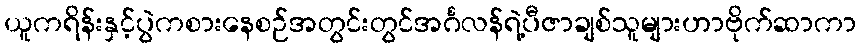
ယူကရိန်းနှင့်ပွဲကစားနေစဉ်အတွင်းတွင်အင်္ဂလန်ရဲ့ပီဇာချစ်သူများဟာဗိုက်ဆာကာ